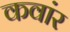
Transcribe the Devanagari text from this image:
कवांर